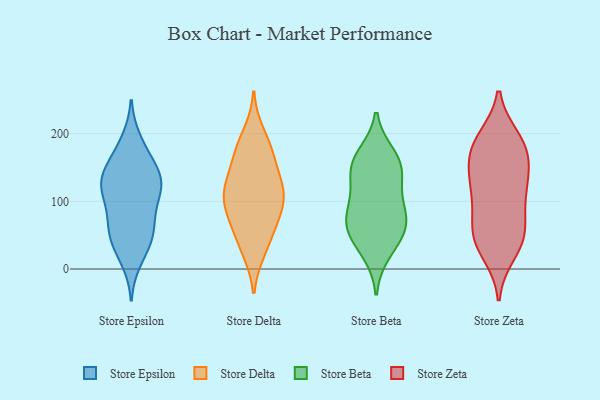
{"axis": {"x": "Revenue (USD Million)", "y": "Value"}, "legend": ["Store Beta", "Store Delta", "Store Epsilon", "Store Zeta"], "data": [{"x": "", "y": 133, "type": "Store Epsilon"}, {"x": "", "y": 65, "type": "Store Epsilon"}, {"x": "", "y": 106, "type": "Store Epsilon"}, {"x": "", "y": 110, "type": "Store Epsilon"}, {"x": "", "y": 32, "type": "Store Epsilon"}, {"x": "", "y": 112, "type": "Store Epsilon"}, {"x": "", "y": 133, "type": "Store Epsilon"}, {"x": "", "y": 138, "type": "Store Epsilon"}, {"x": "", "y": 74, "type": "Store Epsilon"}, {"x": "", "y": 159, "type": "Store Epsilon"}, {"x": "", "y": 41, "type": "Store Epsilon"}, {"x": "", "y": 189, "type": "Store Epsilon"}, {"x": "", "y": 14, "type": "Store Epsilon"}, {"x": "", "y": 176, "type": "Store Epsilon"}, {"x": "", "y": 60, "type": "Store Epsilon"}, {"x": "", "y": 54, "type": "Store Epsilon"}, {"x": "", "y": 129, "type": "Store Epsilon"}, {"x": "", "y": 132, "type": "Store Epsilon"}, {"x": "", "y": 199, "type": "Store Delta"}, {"x": "", "y": 78, "type": "Store Delta"}, {"x": "", "y": 110, "type": "Store Delta"}, {"x": "", "y": 167, "type": "Store Delta"}, {"x": "", "y": 60, "type": "Store Delta"}, {"x": "", "y": 173, "type": "Store Delta"}, {"x": "", "y": 78, "type": "Store Delta"}, {"x": "", "y": 124, "type": "Store Delta"}, {"x": "", "y": 92, "type": "Store Delta"}, {"x": "", "y": 122, "type": "Store Delta"}, {"x": "", "y": 171, "type": "Store Delta"}, {"x": "", "y": 28, "type": "Store Delta"}, {"x": "", "y": 34, "type": "Store Delta"}, {"x": "", "y": 112, "type": "Store Delta"}, {"x": "", "y": 122, "type": "Store Delta"}, {"x": "", "y": 168, "type": "Store Beta"}, {"x": "", "y": 90, "type": "Store Beta"}, {"x": "", "y": 90, "type": "Store Beta"}, {"x": "", "y": 70, "type": "Store Beta"}, {"x": "", "y": 52, "type": "Store Beta"}, {"x": "", "y": 159, "type": "Store Beta"}, {"x": "", "y": 49, "type": "Store Beta"}, {"x": "", "y": 127, "type": "Store Beta"}, {"x": "", "y": 70, "type": "Store Beta"}, {"x": "", "y": 25, "type": "Store Beta"}, {"x": "", "y": 150, "type": "Store Beta"}, {"x": "", "y": 146, "type": "Store Beta"}, {"x": "", "y": 181, "type": "Store Zeta"}, {"x": "", "y": 67, "type": "Store Zeta"}, {"x": "", "y": 108, "type": "Store Zeta"}, {"x": "", "y": 131, "type": "Store Zeta"}, {"x": "", "y": 138, "type": "Store Zeta"}, {"x": "", "y": 167, "type": "Store Zeta"}, {"x": "", "y": 58, "type": "Store Zeta"}, {"x": "", "y": 117, "type": "Store Zeta"}, {"x": "", "y": 24, "type": "Store Zeta"}, {"x": "", "y": 44, "type": "Store Zeta"}, {"x": "", "y": 151, "type": "Store Zeta"}, {"x": "", "y": 192, "type": "Store Zeta"}, {"x": "", "y": 98, "type": "Store Zeta"}, {"x": "", "y": 183, "type": "Store Zeta"}, {"x": "", "y": 187, "type": "Store Zeta"}, {"x": "", "y": 44, "type": "Store Zeta"}, {"x": "", "y": 42, "type": "Store Zeta"}]}